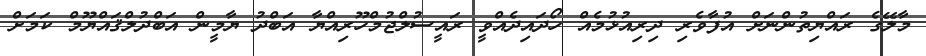
މާލޭގެ ރައްޔިތުންނަށް އުފާވެރި ދިރިއުޅުމެއް ހޯދައިދެއްވީ ރައީސުލްޖުމްހޫރިއްޔާ އަބްދު ޔާމީން އަބްދުލްޤައްޔޫމް ކަމަށް